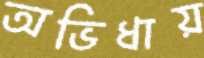
অভিধায়